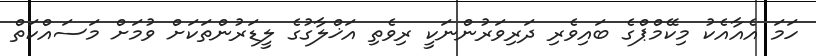
ހަމަ އެއާއެކު މިކޭމްޕްގެ ބައިވެރި ދަރިވަރުންނަކީ ރިވެތި އަޚްލާގުގެ ލީޑަރުންތަކަށް ވުމަށް މަސައްކަތް